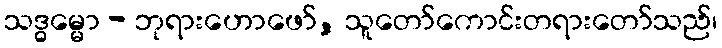
သဒ္ဓမ္မော - ဘုရားဟောဖော်, သူတော်ကောင်းတရားတော်သည်၊